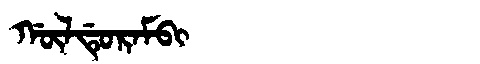
Manchu: ᡤᡡᠯᡩᡠᡵᠠᠮᠪᡳ
Romanization: GŪLDURAMBI